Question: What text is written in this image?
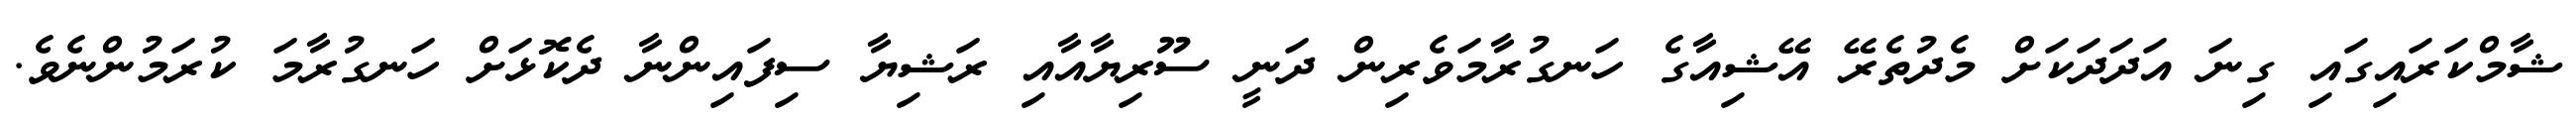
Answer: ޝާމްކަރައިގައި ގިނަ އަދަދަކަށް މެދުތެރޭ އޭޝިއާގެ ހަނގުރާމަވެރިން ދަނީ ސޫރިޔާއާއި ރަޝިޔާ ސިފައިންނާ ދެކޮޅަށް ހަނގުރާމަ ކުރަމުންނެވެ.